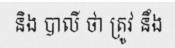
និង បាលី ថា ត្រូវ នឹង